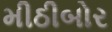
મીઠીબોર